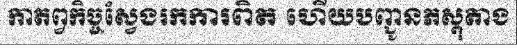
កាតព្វកិច្ចស្វែងរកការពិត ហើយបញ្ជូនភស្តុតាង